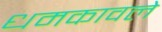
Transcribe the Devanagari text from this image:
धमकावले